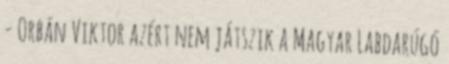
- Orbán Viktor azért nem játszik a Magyar Labdarúgó